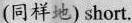
(同样地)short.